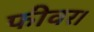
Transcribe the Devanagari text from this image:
फीवर।